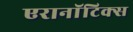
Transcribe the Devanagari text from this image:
एरानाॅटिक्स